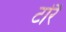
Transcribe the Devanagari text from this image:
टोरै